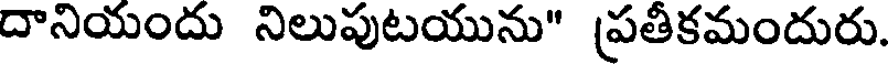
దానియందు నిలుపుటయును" ప్రతీకమందురు.